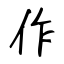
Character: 作